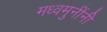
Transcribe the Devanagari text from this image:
मध्वमुनींनी